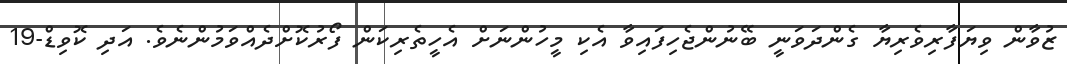
ޒުވާން ވިޔަފާރިވެރިޔާ ގެންދަވަނީ ބޭނުންޖެހިފައިވާ އެކި މީހުންނަށް އެހީތެރިކަން ފޯރުކޮށްދެއްވަމުންނެވެ. އަދި ކޮވިޑް-19